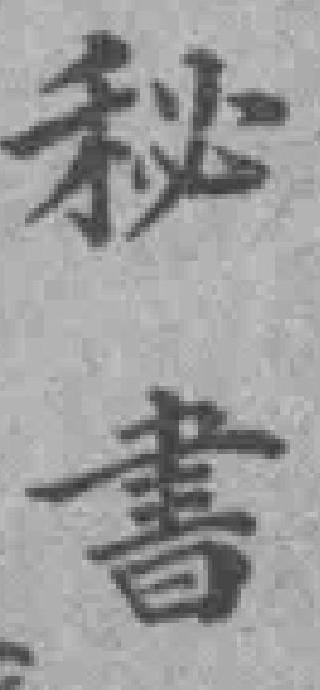
秘書